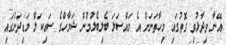
އޭނާ ވިދާޅުވި ގޮތުގައި މިހާތަނަށް އެ މައްސަލަ ބެލިބެލުމުން ޝަމާހްގެ ސައިކަލް މަޑިދަށުގައި